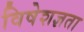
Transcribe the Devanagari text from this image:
विषेशज्ञता